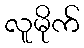
လူမိုက်